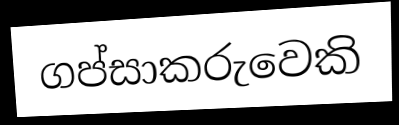
ගප්සාකරුවෙකි